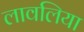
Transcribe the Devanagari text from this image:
लावलिया